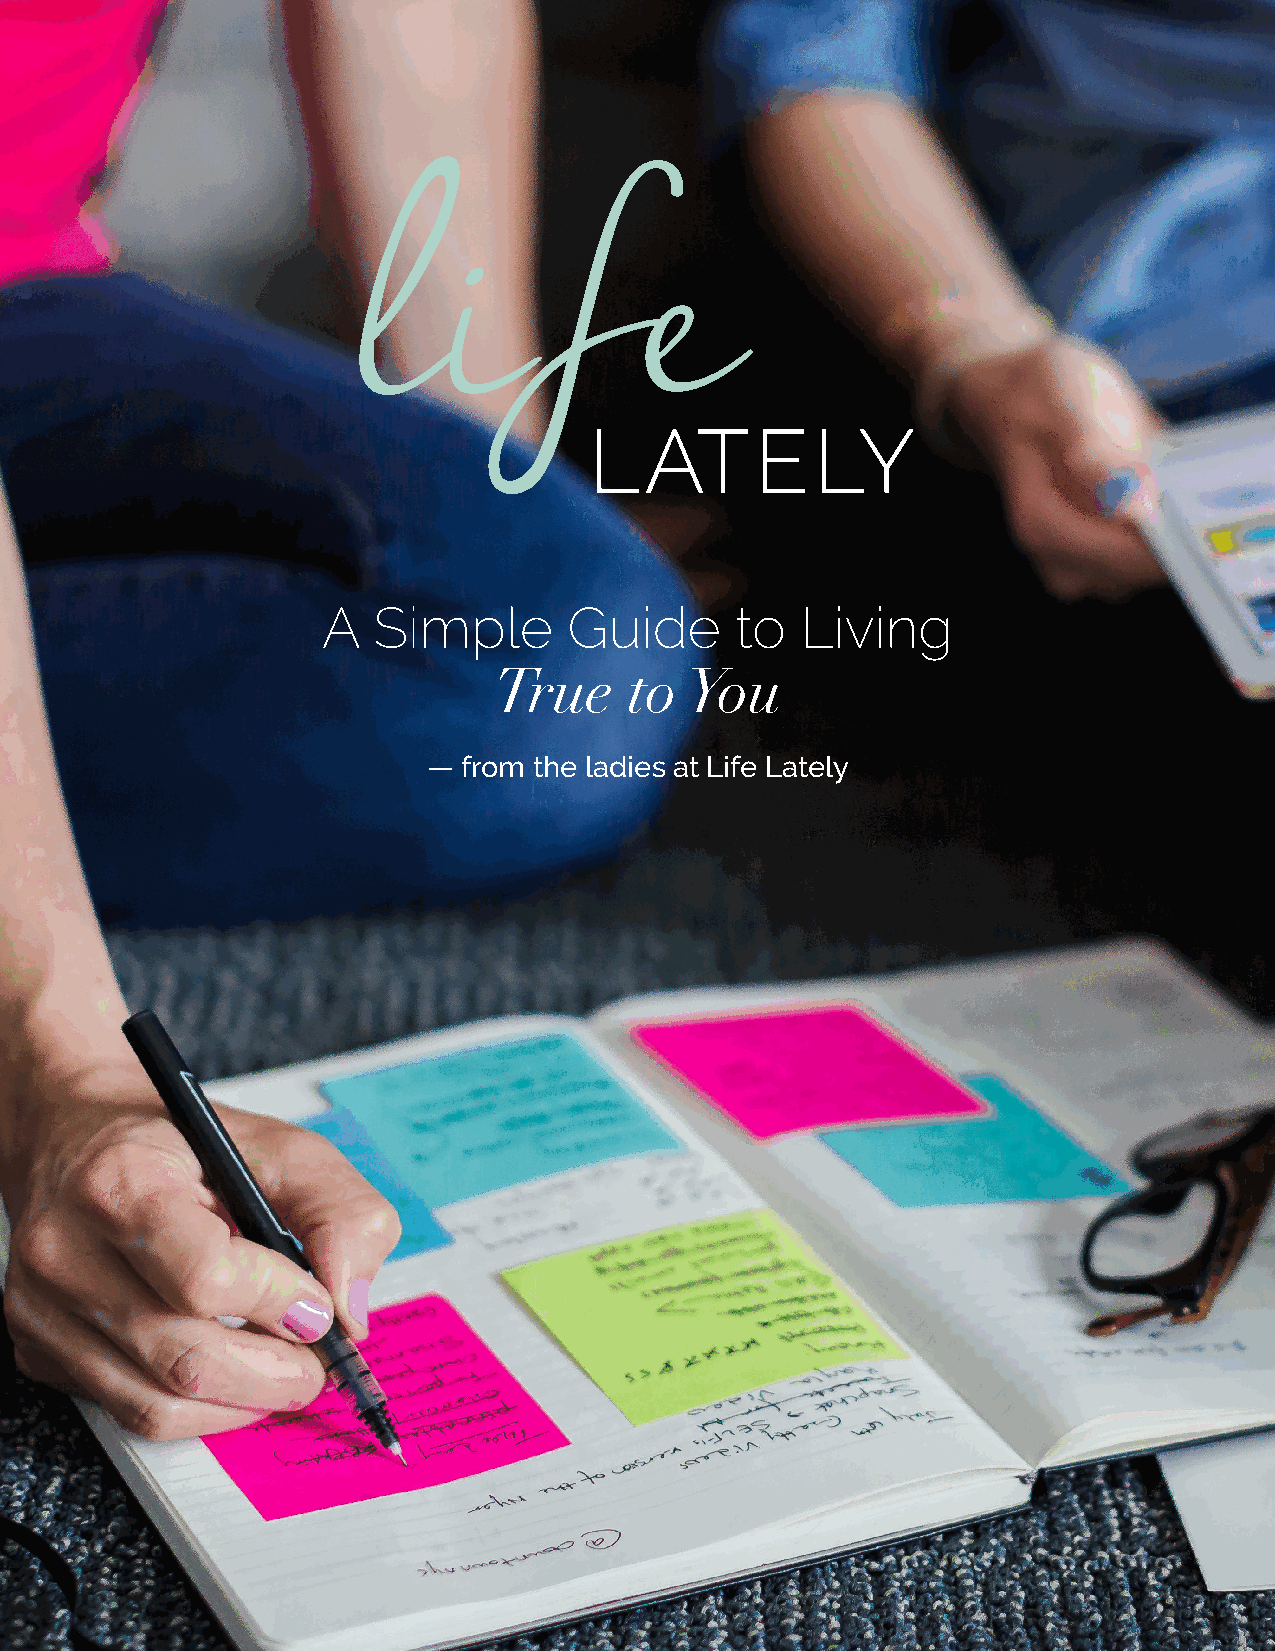
LATELY
 A   Simple       Guide      to  Living
 True     to You
 — from the ladies at Life Lately